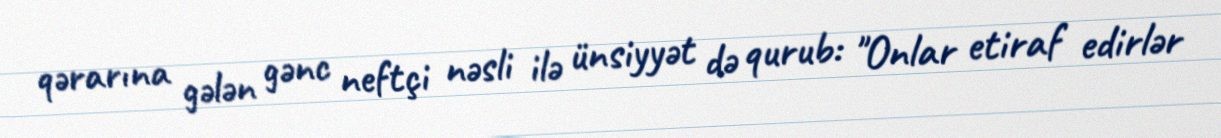
qərarına gələn gənc neftçi nəsli ilə ünsiyyət də qurub: "Onlar etiraf edirlər